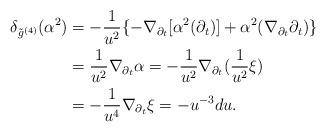
LaTeX: \begin{align*}\delta_{\tilde g^{(4)}}(\alpha^2)&=-\frac{1}{u^2}\{-\nabla_{\partial_t}[\alpha^2(\partial_t)]+\alpha^2(\nabla_{\partial_t}\partial_t)\}\\&=\frac{1}{u^2}\nabla_{\partial_t}\alpha=-\frac{1}{u^2}\nabla_{\partial_t}(\frac{1}{u^2}\xi)\\&=-\frac{1}{u^4}\nabla_{\partial_t}\xi=-u^{-3}d u.\end{align*}